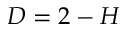
D = 2 - H